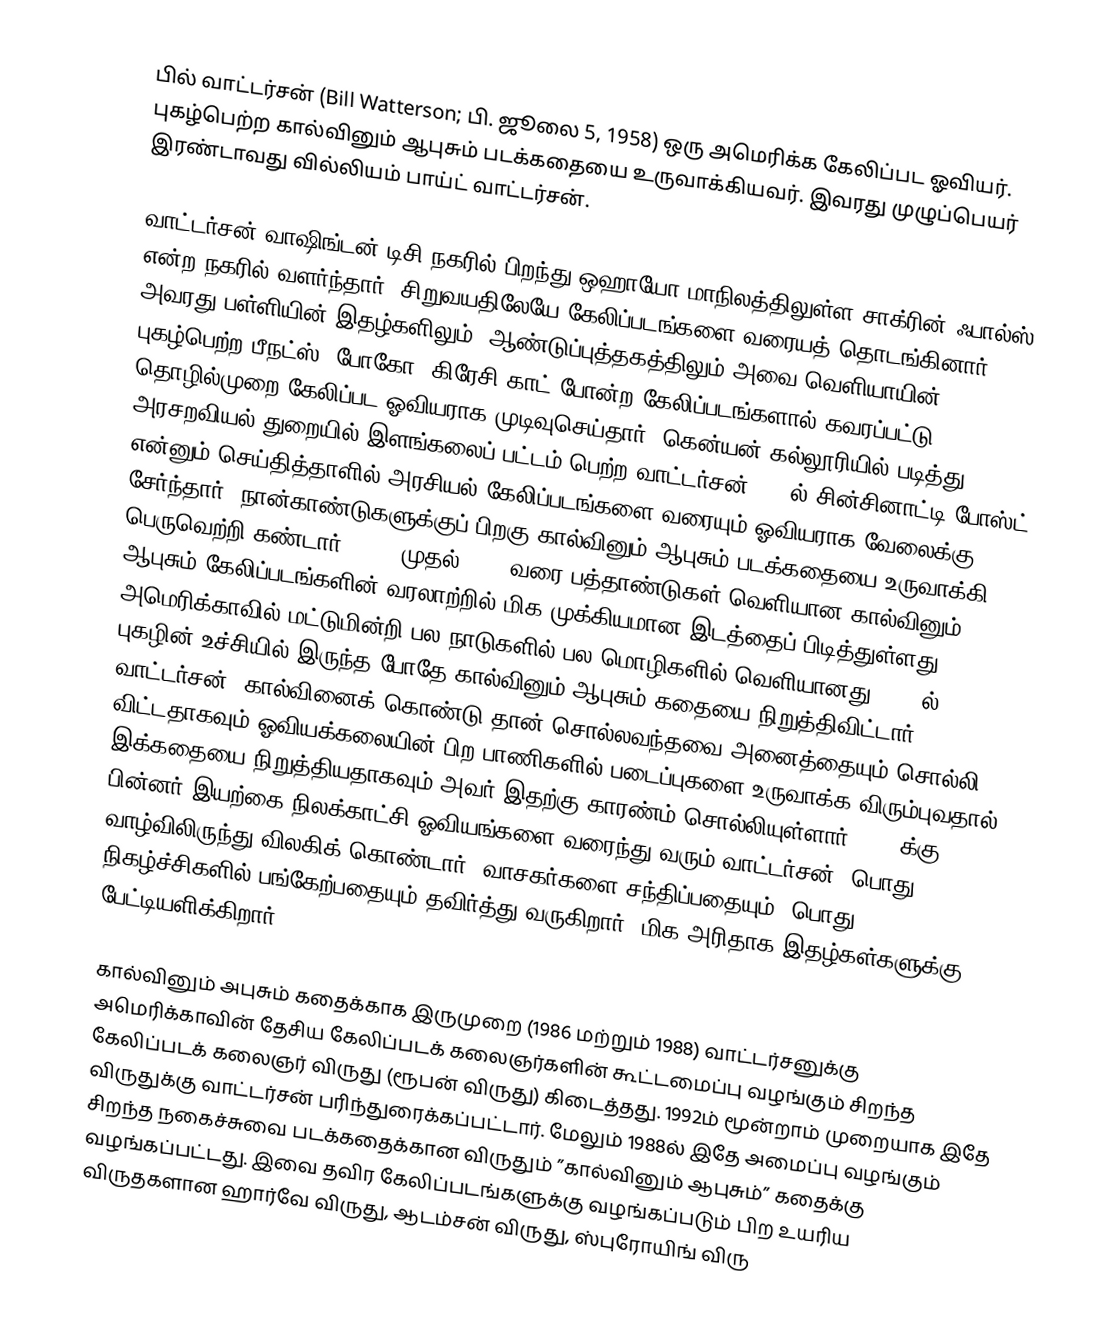
பில் வாட்டர்சன் (Bill Watterson; பி. ஜூலை 5, 1958) ஒரு அமெரிக்க கேலிப்பட ஓவியர். புகழ்பெற்ற கால்வினும் ஆபுசும் படக்கதையை உருவாக்கியவர். இவரது முழுப்பெயர் இரண்டாவது வில்லியம் பாய்ட் வாட்டர்சன்.

வாட்டர்சன் வாஷிங்டன் டிசி நகரில் பிறந்து ஒஹாயோ மாநிலத்திலுள்ள சாக்ரின் ஃபால்ஸ் என்ற நகரில் வளர்ந்தார். சிறுவயதிலேயே கேலிப்படங்களை வரையத் தொடங்கினார். அவரது பள்ளியின் இதழ்களிலும், ஆண்டுப்புத்தகத்திலும் அவை வெளியாயின். புகழ்பெற்ற பீநட்ஸ், போகோ, கிரேசி காட் போன்ற கேலிப்படங்களால் கவரப்பட்டு தொழில்முறை கேலிப்பட ஓவியராக முடிவுசெய்தார். கென்யன் கல்லூரியில் படித்து அரசறவியல் துறையில் இளங்கலைப் பட்டம் பெற்ற வாட்டர்சன் 1980ல் சின்சினாட்டி போஸ்ட் என்னும் செய்தித்தாளில் அரசியல் கேலிப்படங்களை வரையும் ஓவியராக வேலைக்கு சேர்ந்தார். நான்காண்டுகளுக்குப் பிறகு கால்வினும் ஆபுசும் படக்கதையை உருவாக்கி பெருவெற்றி கண்டார். 1985 முதல் 1995 வரை பத்தாண்டுகள் வெளியான கால்வினும் ஆபுசும் கேலிப்படங்களின் வரலாற்றில் மிக முக்கியமான இடத்தைப் பிடித்துள்ளது. அமெரிக்காவில் மட்டுமின்றி பல நாடுகளில் பல மொழிகளில் வெளியானது. 1995ல் புகழின் உச்சியில் இருந்த போதே கால்வினும் ஆபுசும் கதையை நிறுத்திவிட்டார் வாட்டர்சன். கால்வினைக் கொண்டு தான் சொல்லவந்தவை அனைத்தையும் சொல்லி விட்டதாகவும் ஓவியக்கலையின் பிற பாணிகளில் படைப்புகளை உருவாக்க விரும்புவதால் இக்கதையை நிறுத்தியதாகவும் அவர் இதற்கு காரண்ம் சொல்லியுள்ளார். 1995க்கு பின்னர் இயற்கை நிலக்காட்சி ஓவியங்களை வரைந்து வரும் வாட்டர்சன், பொது வாழ்விலிருந்து விலகிக் கொண்டார். வாசகர்களை சந்திப்பதையும், பொது நிகழ்ச்சிகளில் பங்கேற்பதையும் தவிர்த்து வருகிறார். மிக அரிதாக இதழ்கள்களுக்கு பேட்டியளிக்கிறார்.

கால்வினும் அபுசும் கதைக்காக இருமுறை (1986 மற்றும் 1988) வாட்டர்சனுக்கு அமெரிக்காவின் தேசிய கேலிப்படக் கலைஞர்களின் கூட்டமைப்பு வழங்கும் சிறந்த கேலிப்படக் கலைஞர் விருது (ரூபன் விருது) கிடைத்தது. 1992ம் மூன்றாம் முறையாக இதே விருதுக்கு வாட்டர்சன் பரிந்துரைக்கப்பட்டார். மேலும் 1988ல் இதே அமைப்பு வழங்கும் சிறந்த நகைச்சுவை படக்கதைக்கான விருதும் ”கால்வினும் ஆபுசும்” கதைக்கு வழங்கப்பட்டது. இவை தவிர கேலிப்படங்களுக்கு வழங்கப்படும் பிற உயரிய விருதகளான ஹார்வே விருது, ஆடம்சன் விருது, ஸ்புரோயிங் விரு